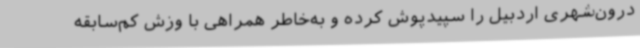
درون‌شهری اردبیل را سپیدپوش کرده و به‌خاطر همراهی با وزش کم‌سابقه